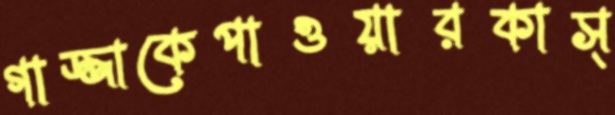
গাজ্জাকেপাওয়ারকাস্